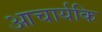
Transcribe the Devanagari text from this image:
आचार्यकि